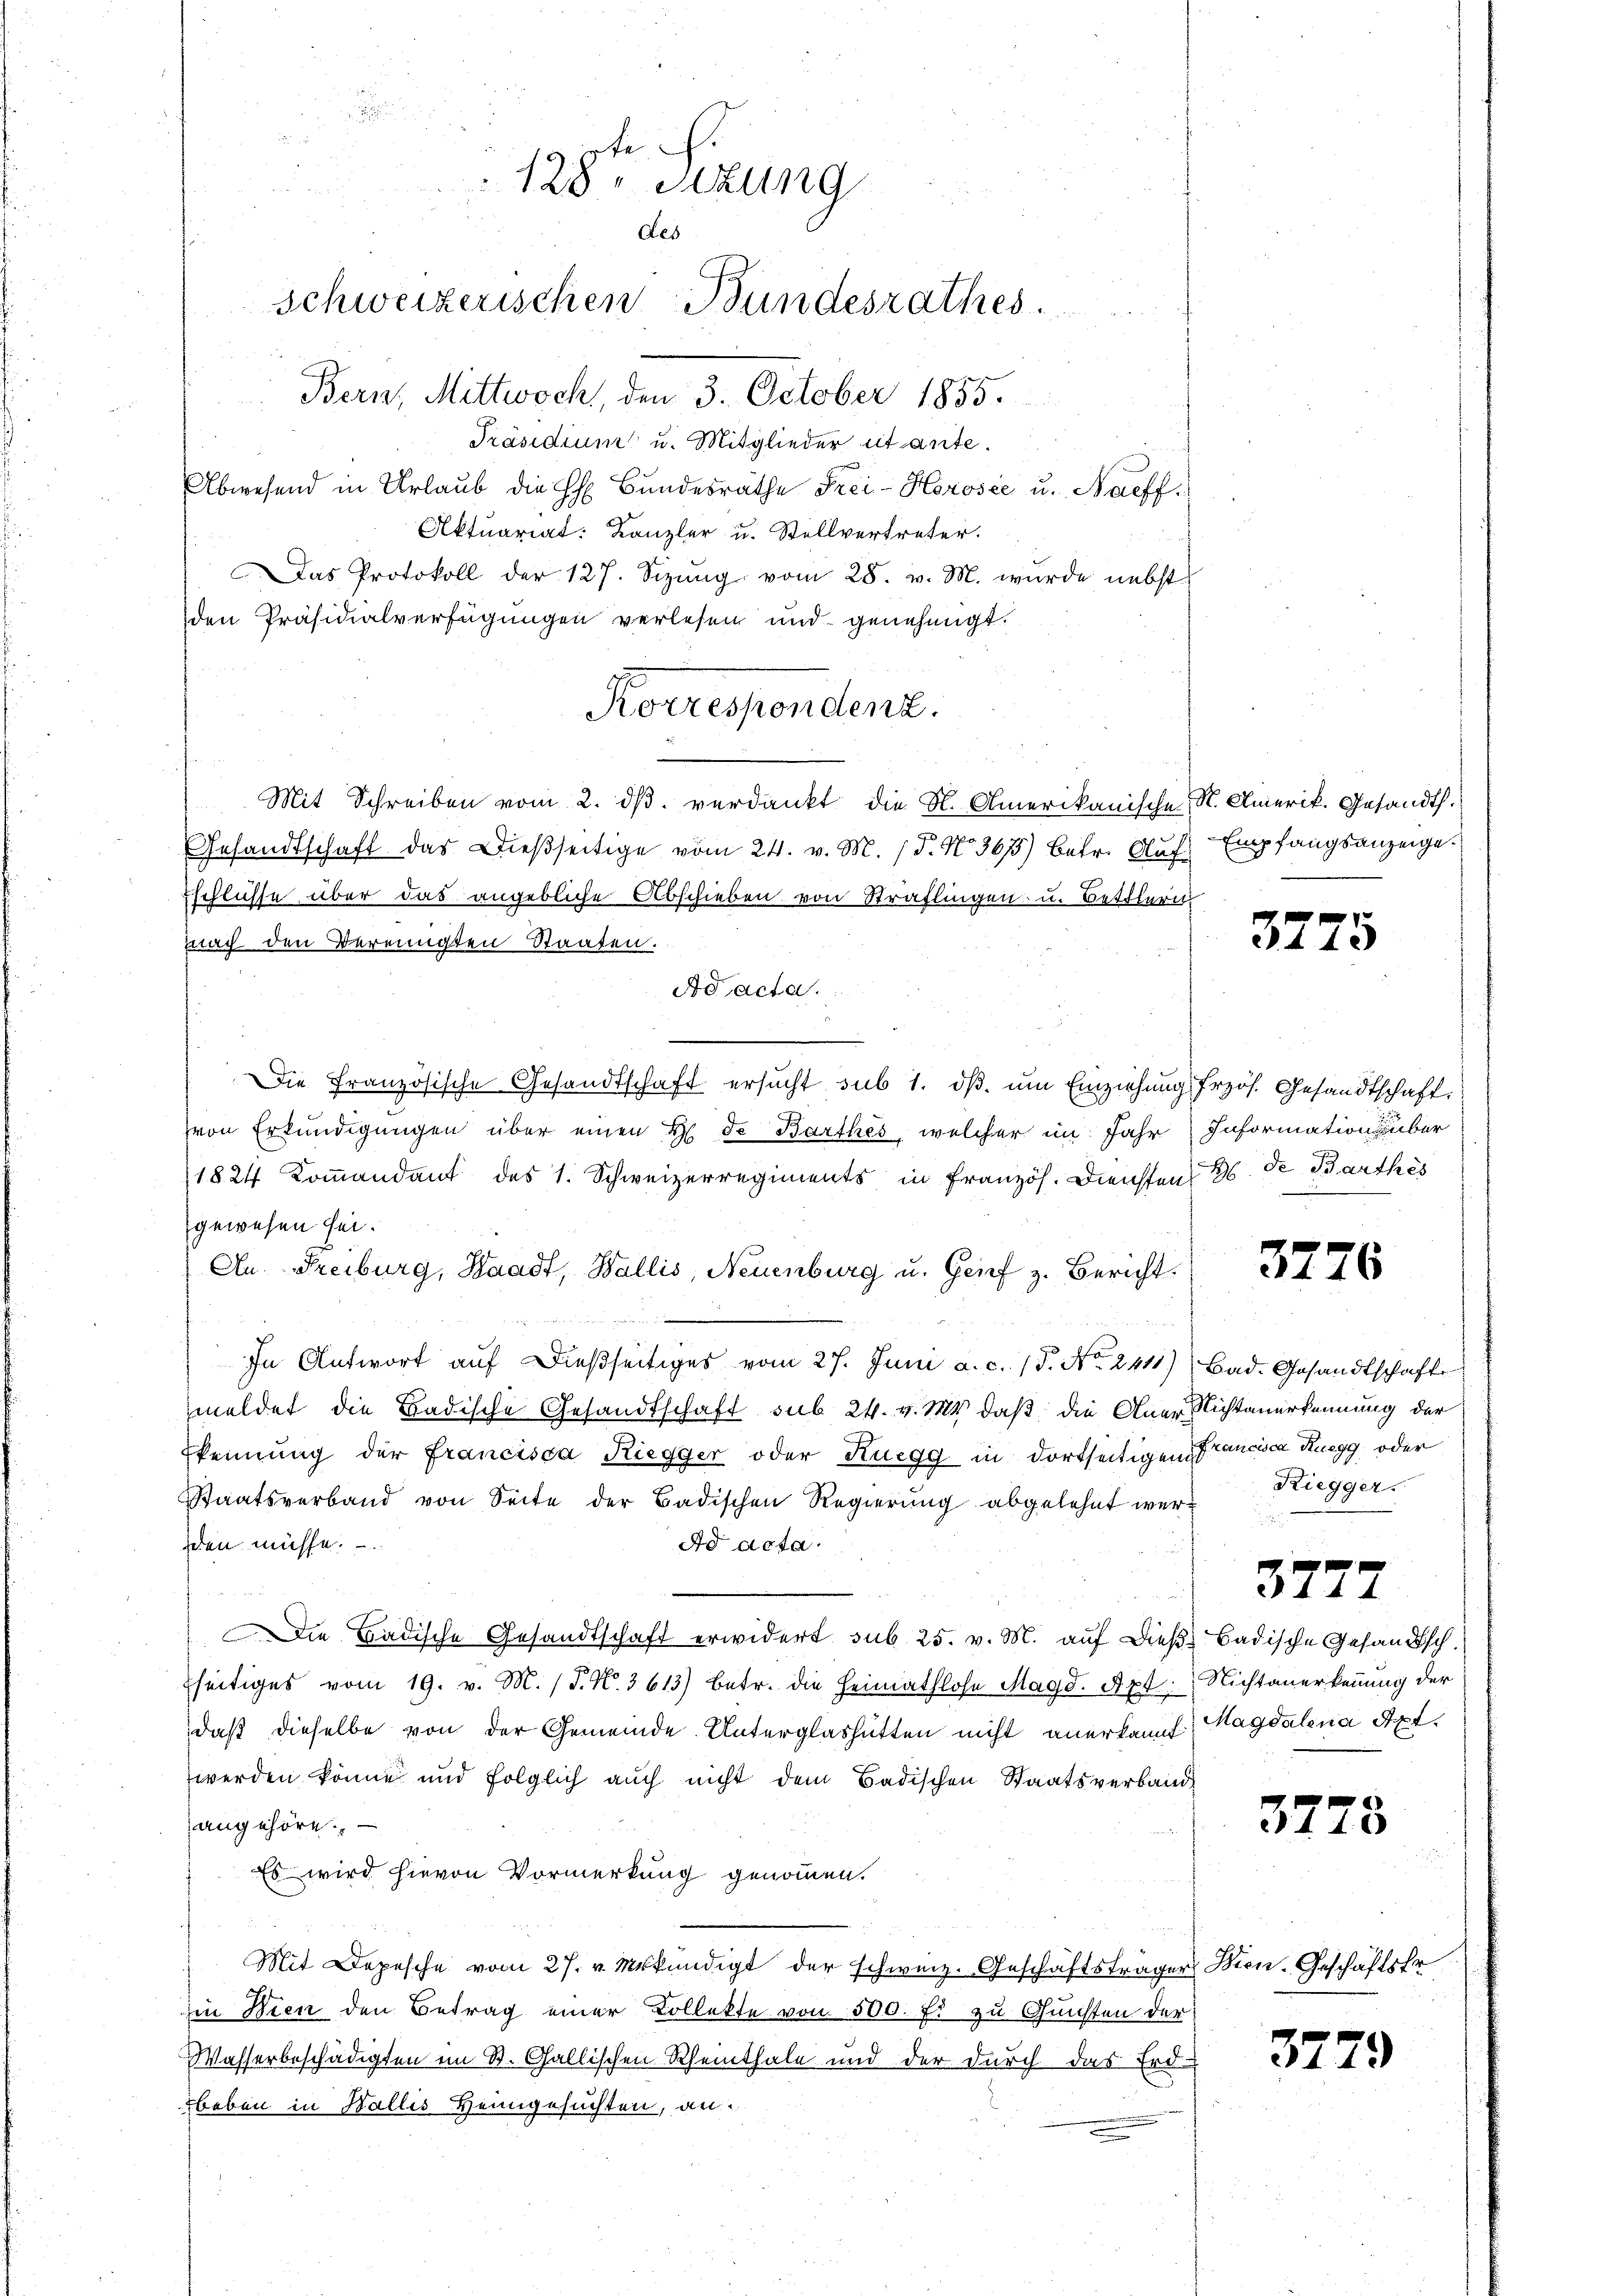
.

2
128. Sitzung
des
Schweizerischen Bundesrathes.
Bern, Mittwoch, den 3. October 1855.
Präsidium u. Mitglieder itante.

Das Protokoll der 127. Sizŭng vom 28. v. M. wurde nebst
den Präsidialverfügungen verlesen und genehmigt.
Mit Schreiben vom 2. dβ verdankt die St. Amerikanische K. Amerik. Gesandt.
Gesandtschaft das Dieβseitige vom 24. v. M. (T. No. 3675) betr. Aŭf Empfangsanzeige.
sschlüsse über das angebliche Abschieben von Sträflingen u. Bettlern
nach den Vereinigten Staaten.
Ad acta.
Die Französische Gesandtschaft ersucht, sub 1. ds. um Einziehung frzös. Gesandtschaft
von Erkundigungen über einen H. de Barthes, welcher im Jahr Information über
1824 Kommandant des 1. Schweizerregiments in Französ. Diensten 26. de Barthes
gewesen sei.
An. Freiburg, Waadt, Wallis, Neuenburg u. Grif z. Bericht
In Antwort auf dießseitiges vom 27. Juni a. c. (T. No. 2411), Bad. Gesandtschafte
meldet die Badische Gesandtschaft sub 24. v. Ms. daß die Aner Nichtanerkennung der
Ekennung der francisca Riegger oder Ruegg in dortseitigen Francisca Ruegg, oder
Staatsverband von Seite der Badischen Regierung abgelehnt weriden müsse.
Ad acta.
Die Badische Gesandtschaft erwidert sub 25. v. M. auf dieß badische Gesandtsch.
seitiges vom 19. v. M. (T. N. 3613) betr. die Heimathlose Magd. Apt. Nichtanerkennung der
daß dieselbe von der Gemeinde Unterglashütten nicht anerkannt Magdalena Spt.
werden könne und folglich auch nicht dem Badischen Staatsverband
angehöre.
Es wird hievon Vormerkung genommen.
Mit Depesche vom 27. v. Urkundigt der schweiz. Geschäftsträger Bien-Geschäftsfr
Ein Wien den Betrag einer Kollekte von 500. fl zu Gunsten der
Wasserbeschädigten im St. Gallischen Rheinthale und der durch das Erd-
baben in Wallis Heimgesuchten, an

Abwesend in Urlaub die h. Bŭndesräthe Frei-Horosée u. Naeff.
Aktuariat: Kanzler u. Stellvertreter.

Korrespondenz.

Riegger.

37.

5

3777

3773

32

79